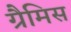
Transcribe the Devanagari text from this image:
ग्रैमिस